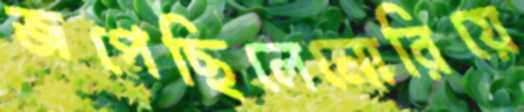
জপেছিলেনোরিয়ে